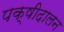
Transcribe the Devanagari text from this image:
पक्षीदालन